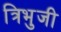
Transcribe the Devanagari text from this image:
त्रिभुजी